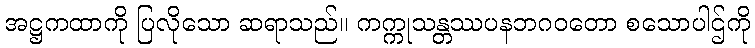
အဋ္ဌကထာကို ပြလိုသော ဆရာသည်။ ကက္ကုသန္တဿပနဘဂဝတော စသောပါဌ်ကို